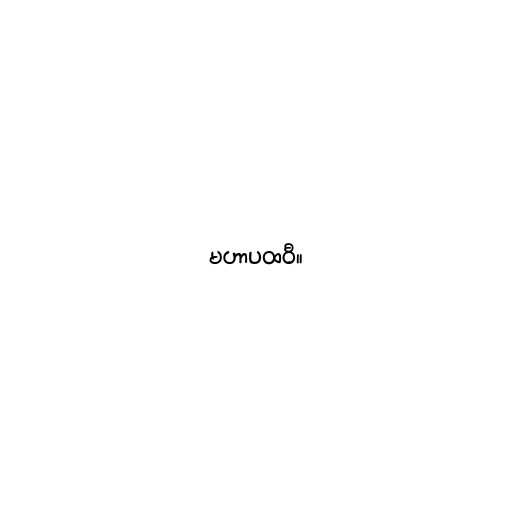
မဟာပထဝီ။